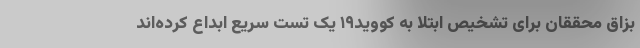
بزاق محققان برای تشخیص ابتلا به کووید۱۹ یک تست سریع ابداع کرده‌اند